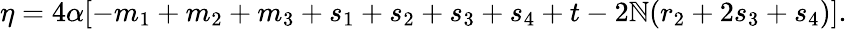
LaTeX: \eta=4\alpha[-m_{1}+m_{2}+m_{3}+s_{1}+s_{2}+s_{3}+s_{4}+t-2\mathbb{N}(r_{2}+2s_{3}+s_{4})].